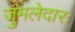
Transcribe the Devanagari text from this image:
जुमलेदारः